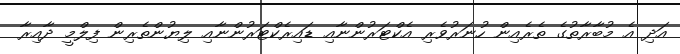
އަދި އެ މުބާރާތުގެ ތެރެއިން ހުނަރުވެރި އެކްޓަރުންނާއި ޑައިރެކްޓަރުންނާއި ލިޔުންތެރިން ފިލްމީ ދާއިރާ